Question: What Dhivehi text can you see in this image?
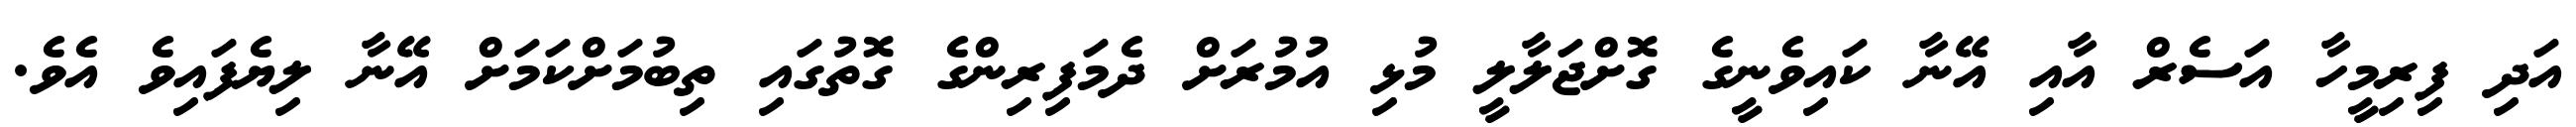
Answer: އަދި ފިރިމީހާ އަސެރް އާއި އޭނާ ކައިވެނީގެ ގޮށްޖަލާލީ މުޅި އުމުރަށް ދެމަފިރިންގެ ގޮތުގައި ތިބުމަށްކަމަށް އޭނާ ލިޔެފައިވެ އެވެ.